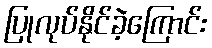
ပြုလုပ်နိုင်ခဲ့ကြောင်း